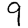
Digit: 9